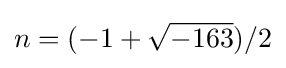
n=(-1+{\sqrt {-163}})/2